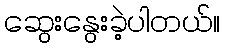
ဆွေးနွေးခဲ့ပါတယ်။